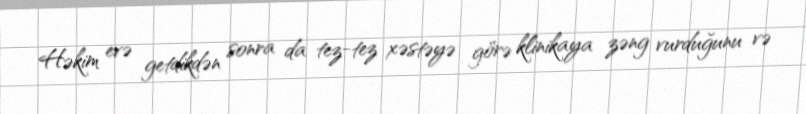
Həkim evə getdikdən sonra da tez-tez xəstəyə görə klinikaya zəng vurduğunu və